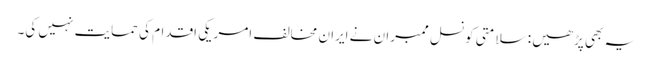
یہ بھی پڑھیں : سلامتی کونسل ممبران نے ایران مخالف امریکی اقدام کی حمایت نہیں کی۔